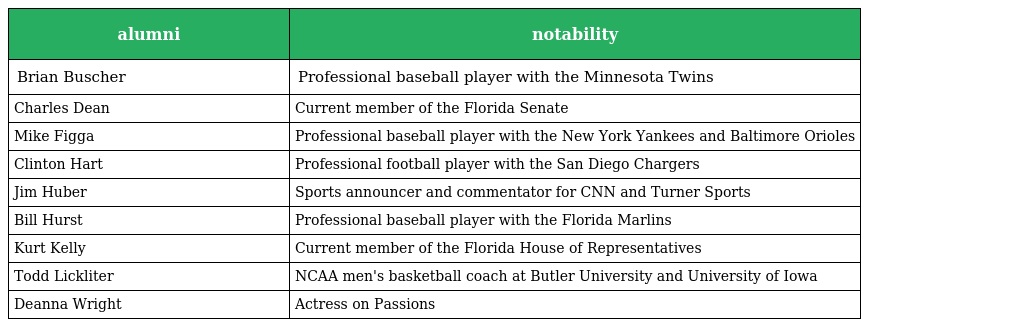
| alumni | notability |
 | --- | --- |
 | Brian Buscher | Professional baseball player with the Minnesota Twins |
 | Charles Dean | Current member of the Florida Senate |
 | Mike Figga | Professional baseball player with the New York Yankees and Baltimore Orioles |
 | Clinton Hart | Professional football player with the San Diego Chargers |
 | Jim Huber | Sports announcer and commentator for CNN and Turner Sports |
 | Bill Hurst | Professional baseball player with the Florida Marlins |
 | Kurt Kelly | Current member of the Florida House of Representatives |
 | Todd Lickliter | NCAA men's basketball coach at Butler University and University of Iowa |
 | Deanna Wright | Actress on Passions |